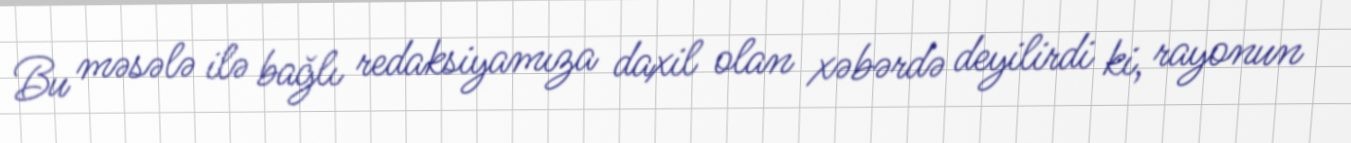
Bu məsələ ilə bağlı redaksiyamıza daxil olan xəbərdə deyilirdi ki, rayonun